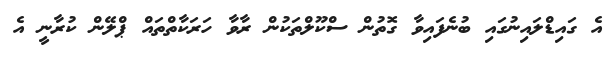
އެ ގައިޑްލައިނުގައި ބުނެފައިވާ ގޮތުން ސްކޫލްތަކުން ރާވާ ހަރަކާތްތައް ޕްލޭން ކުރާނީ އެ